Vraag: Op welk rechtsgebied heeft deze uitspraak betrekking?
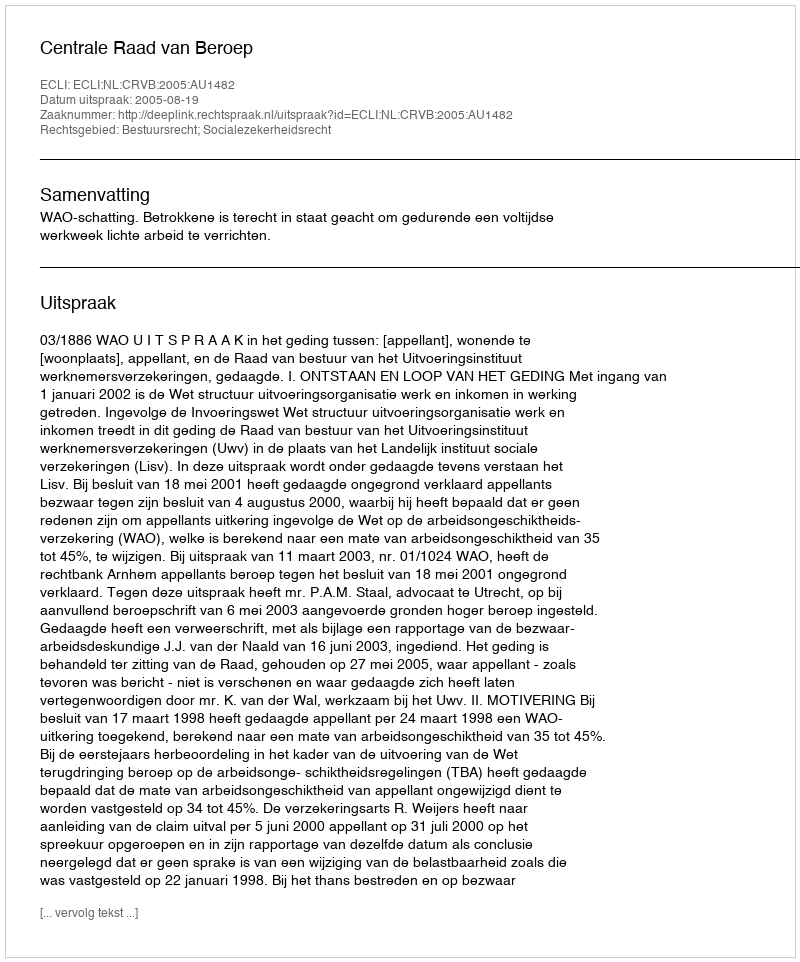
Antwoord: Bestuursrecht; Socialezekerheidsrecht